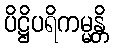
ပိဋ္ဌိပရိကမ္မန္တိ